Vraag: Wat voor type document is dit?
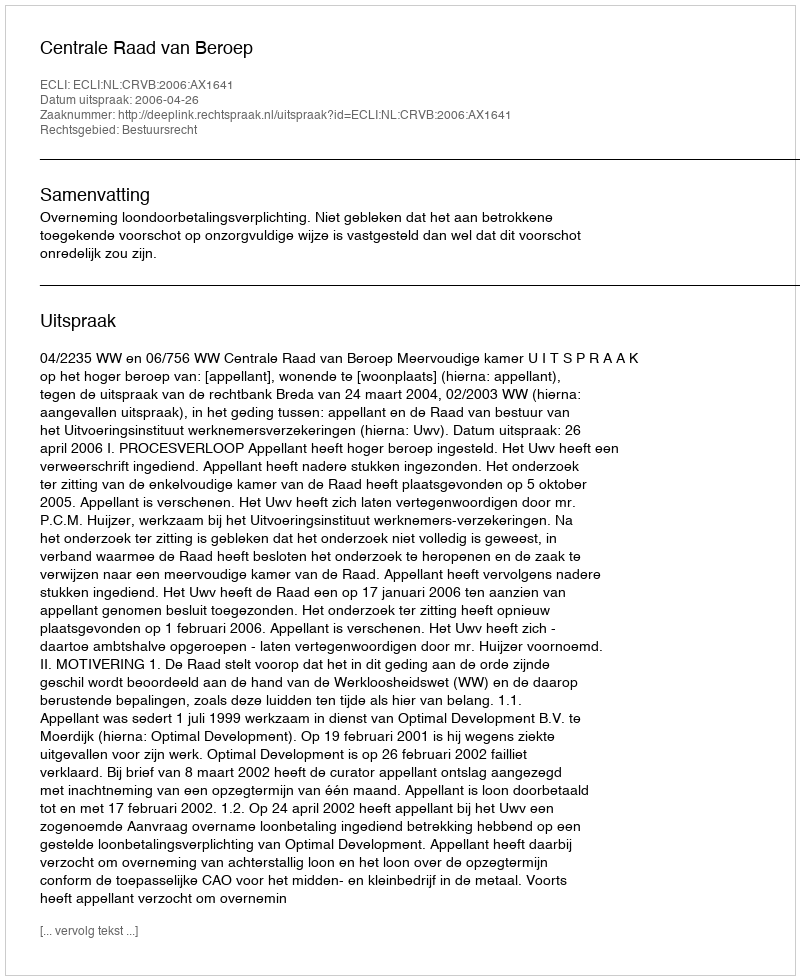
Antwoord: Uitspraak